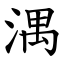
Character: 湡